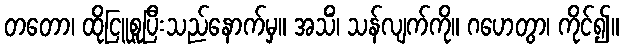
တတော၊ ထိုငြူစူပြီးသည်နောက်မှ။ အသိံ၊ သန်လျက်ကို။ ဂဟေတွာ၊ ကိုင်၍။